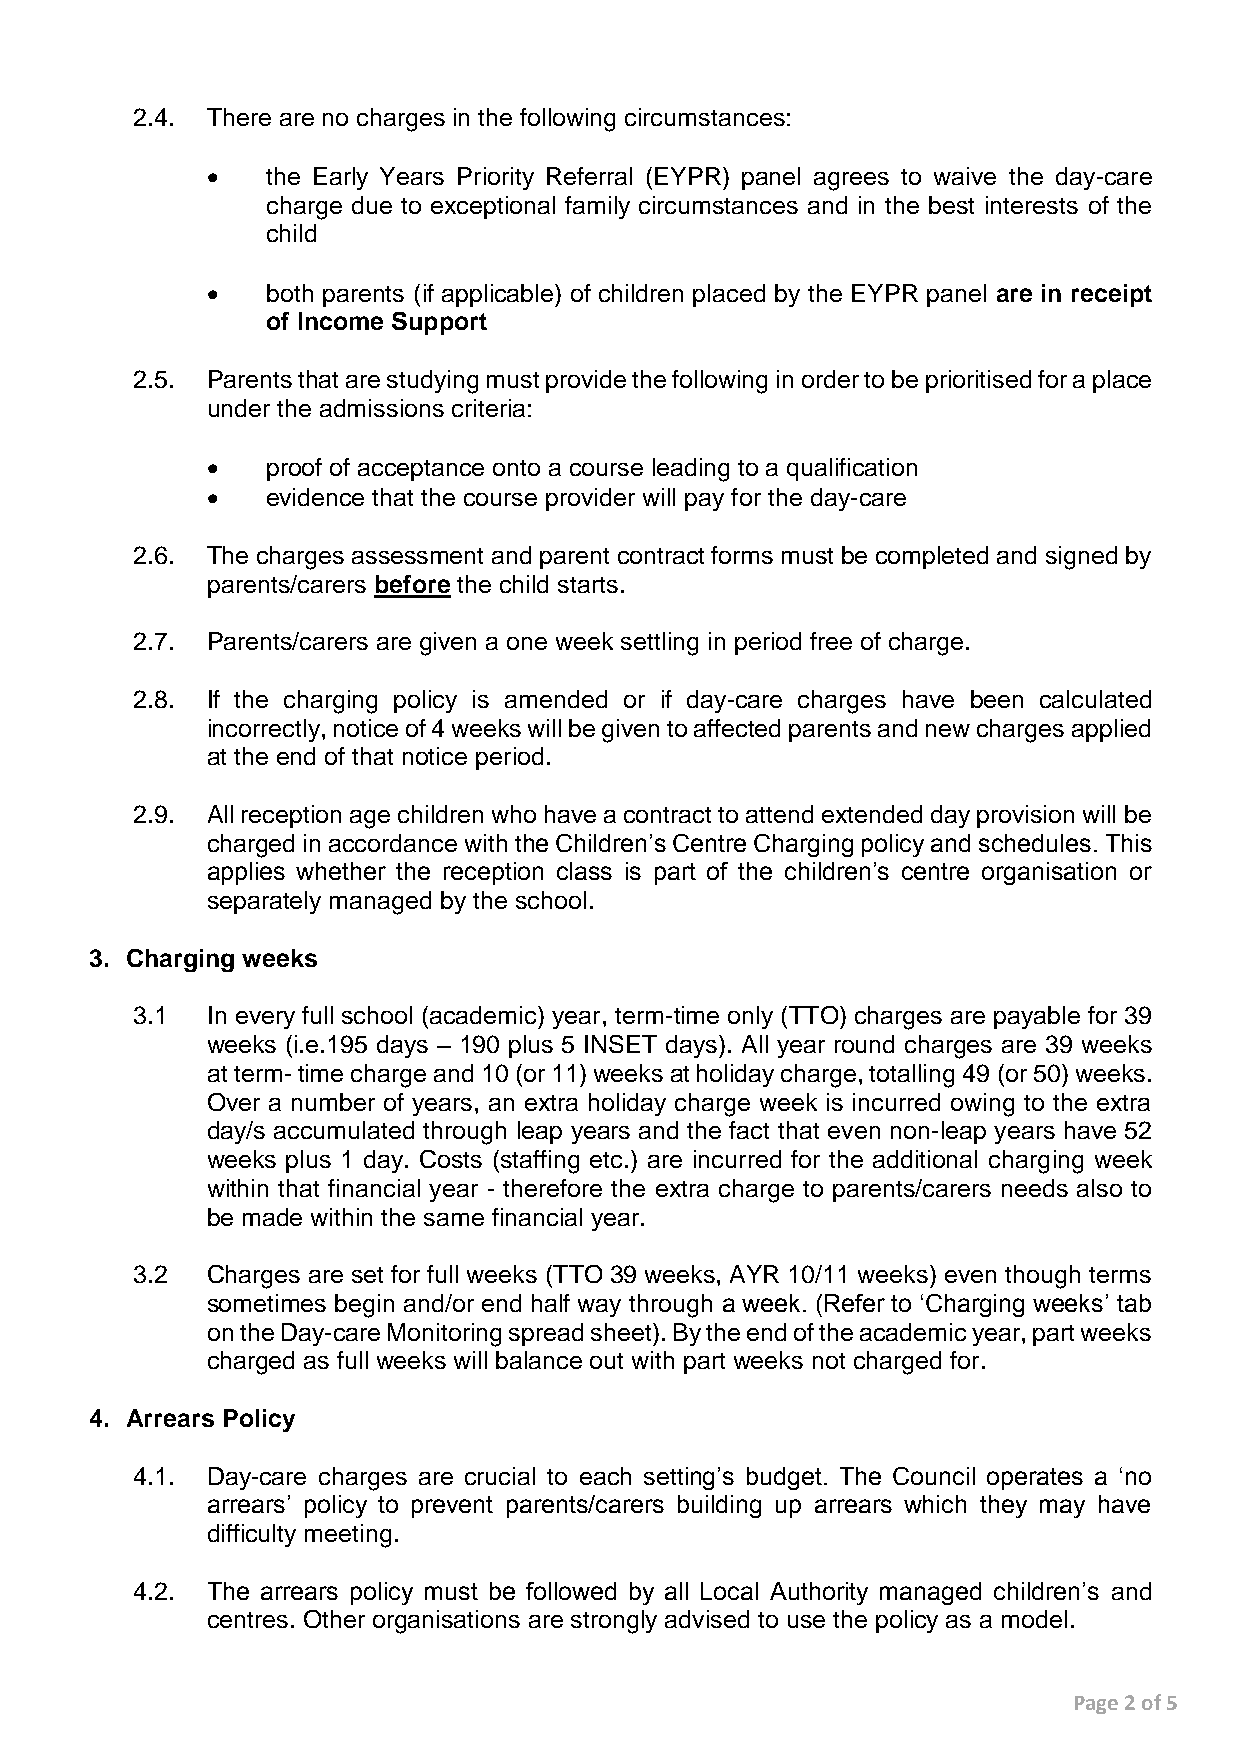
2.4. There are no charges in the following circumstances:
    the Early Years Priority Referral (EYPR) panel agrees to waive the day-care
 charge due to exceptional family circumstances and in the best interests of the
 child
    both parents (if applicable) of children placed by the EYPR panel are in receipt
 of Income Support
 2.5. Parents that are studying must provide the following in order to be prioritised for a place
 under the admissions criteria:
    proof of acceptance onto a course leading to a qualification
    evidence that the course provider will pay for the day-care
 2.6. The charges assessment and parent contract forms must be completed and signed by
 parents/carers before the child starts.
 2.7. Parents/carers are given a one week settling in period free of charge.
 2.8. If the charging policy is amended or if day-care charges have been calculated
 incorrectly, notice of 4 weeks will be given to affected parents and new charges applied
 at the end of that notice period.
 2.9. All reception age children who have a contract to attend extended day provision will be
 charged in accordance with the Children’s Centre Charging policy and schedules. This
 applies whether the reception class is part of the children’s centre organisation or
 separately managed by the school.
 3. Charging weeks
 3.1  In every full school (academic) year, term-time only (TTO) charges are payable for 39
 weeks (i.e.195 days – 190 plus 5 INSET days). All year round charges are 39 weeks
 at term- time charge and 10 (or 11) weeks at holiday charge, totalling 49 (or 50) weeks.
 Over a number of years, an extra holiday charge week is incurred owing to the extra
 day/s accumulated through leap years and the fact that even non-leap years have 52
 weeks plus 1 day. Costs (staffing etc.) are incurred for the additional charging week
 within that financial year - therefore the extra charge to parents/carers needs also to
 be made within the same financial year.
 3.2  Charges are set for full weeks (TTO 39 weeks, AYR 10/11 weeks) even though terms
 sometimes begin and/or end half way through a week. (Refer to ‘Charging weeks’ tab
 on the Day-care Monitoring spread sheet). By the end of the academic year, part weeks
 charged as full weeks will balance out with part weeks not charged for.
 4. Arrears Policy
 4.1. Day-care charges are crucial to each setting’s budget. The Council operates a ‘no
 arrears’ policy to prevent parents/carers building up arrears which they may have
 difficulty meeting.
 4.2. The arrears policy must be followed by all Local Authority managed children’s and
 centres. Other organisations are strongly advised to use the policy as a model.
 Page 2 of 5